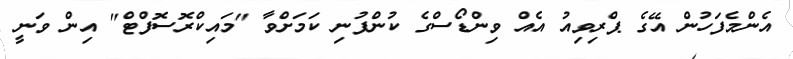
އެންމެފަހުން އޭގެ ޕްރިވިއު އެއް ވިންޑޯސްގެ ކުންފުނި ކަމަށްވާ "މައިކްރޮސޮފްޓް" އިން ވަނީ